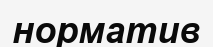
норматив